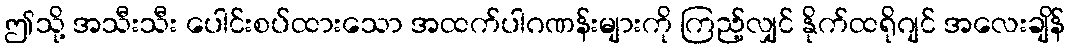
ဤသို့ အသီးသီး ပေါင်းစပ်ထားသော အထက်ပါဂဏန်းများကို ကြည့်လျှင် နိုက်ထရိုဂျင် အလေးချိန်